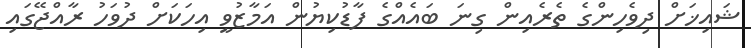
ޝައިޚަށް ދިވެހިންގެ ތެރެއިން ގިނަ ބައެއްގެ ފާޑުކިޔުން އަމާޒުވީ އިހަކަށް ދުވަހު ރާއްޖޭގައި